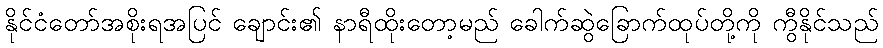
နိုင်ငံတော်အစိုးရအပြင် ချောင်း၏ နာရီထိုးတော့မည် ခေါက်ဆွဲခြောက်ထုပ်တို့ကို ကွီနိုင်သည်